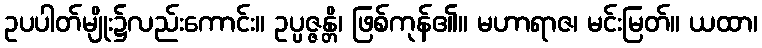
ဥပပါတ်မျိုး၌လည်းကောင်း။ ဥပ္ပဇ္ဇန္တိ၊ ဖြစ်ကုန်၏။ မဟာရာဇ၊ မင်းမြတ်။ ယထာ၊